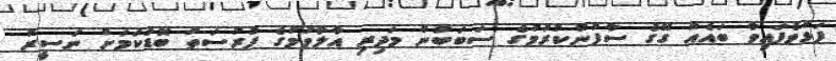
ފަޅުވެފައިވާ ބައެއް ގޭގެ ސާފުނުކުރުމުގެ ސަބަބުން މަދިރި އާލާވުމުގެ ފުރުސަތު ބޮޑުކަމަށް ނަސީރު